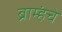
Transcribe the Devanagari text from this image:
ब्राम्हंचे